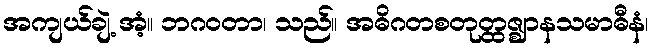
အကျယ်ချဲ့ အံ့။ ဘဂဝတာ၊ သည်။ အဓိဂတစတုတ္ထဇ္ဈာနသမာဓီနံ၊